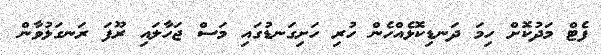
ފެޓް މަދުކޮށް ހިމަ ދަނޑިކޮޅެއްހެން ހުރި ހަށިގަނޑުގައި މަސް ޖަހާލައި ރޫފަ ރަނގަޅުވާން